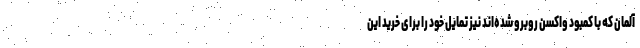
آلمان که با کمبود واکسن روبرو شده‌اند نیز تمایل خود را برای خرید این